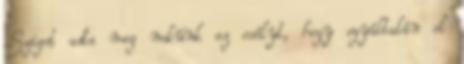
Sziget adta meg nekünk az esélyt, hogy egyáltalán el